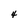
Character: 4